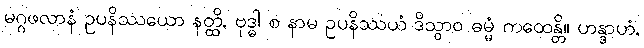
မဂ္ဂဖလာနံ ဥပနိဿယော နတ္ထိ, ဗုဒ္ဓါ စ နာမ ဥပနိဿယံ ဒိသွာဝ ဓမ္မံ ကထေန္တိ။ ဟန္ဒာဟံ,